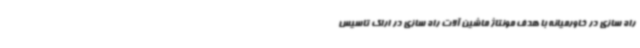
راه سازی در خاورمیانه با هدف مونتاژ ماشین آلات راه سازی در اراک تاسیس